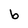
Character: b